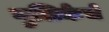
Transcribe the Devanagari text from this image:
गुलिकेचे